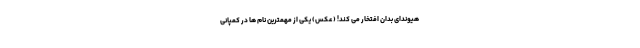
هیوندای بدان افتخار می کند! (عکس) یکی از مهمترین نام ها در کمپانی